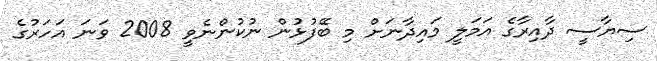
ސިޔާސީ ދާއިރާގެ އަމަލީ މައިދާނަށް މި ބޭފުޅުން ނުކުންނެވީ 2008 ވަނަ އަހަރުގެ